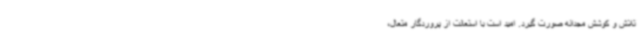
تلاش و کوشش مجدانه صورت گیرد. امید است با استعانت از پروردگار متعال،